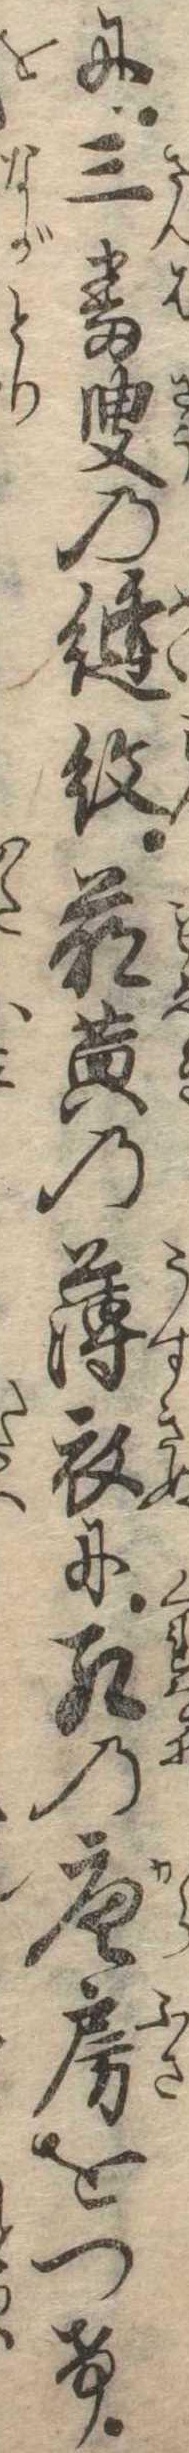
に三番叟の縫紋萌黄の薄衣に紅の唐房をつけ